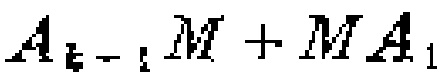
\(A_{k - 1}M + MA_{1}\)